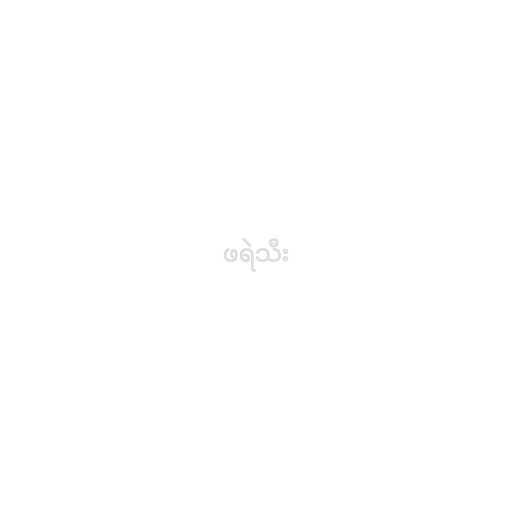
ဖရဲသီး